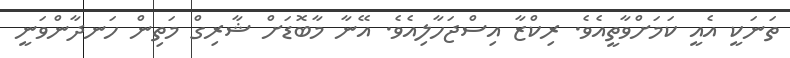
ތަނަކީ އެއީ ކަމަށްވާތީއެވެ. ރިކްޒާ އިސްޖަހާލިއެވެ. އޭނާ މާބޮޑަށް ޝާރިގް މަތިން ހަނދާންވަނީ